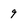
Character: 9